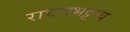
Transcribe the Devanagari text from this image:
राघवभट्टस्य